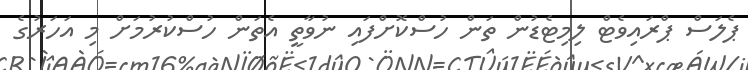
ޕެލަސް ޕްރައިވެޓް ލިމިޓެޑުން ތަން ހުސްކޮށްފައި ނުވާތީ އެތަން ހުސްކުރުމަށް މި އަހަރުގެ